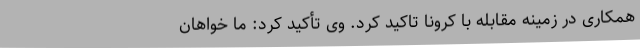
همکاری در زمینه مقابله با کرونا تاکید کرد. وی تأکید کرد: ما خواهان